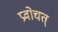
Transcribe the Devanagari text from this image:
प्रवोचत्